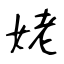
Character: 姥